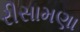
રીસામણા